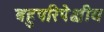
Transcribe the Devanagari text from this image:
बहुपरिपेक्षीय